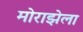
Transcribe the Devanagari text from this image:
मोराझेला